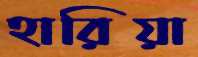
হারিয়া